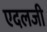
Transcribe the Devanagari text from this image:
एदलजी